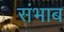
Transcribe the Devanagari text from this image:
संभाब